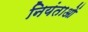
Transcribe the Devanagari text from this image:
नियंताओं